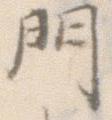
門